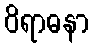
ဝိရာဓနာ